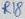
Text: R18